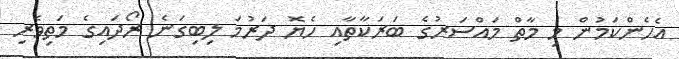
އެހެންކަމުން މި މާތް މައްސަރުގެ ބަރަކާތާއި ހެޔޮ ދަރުމަ ލިބިގަނެ ރޯދައިގެ މަތިވެރި